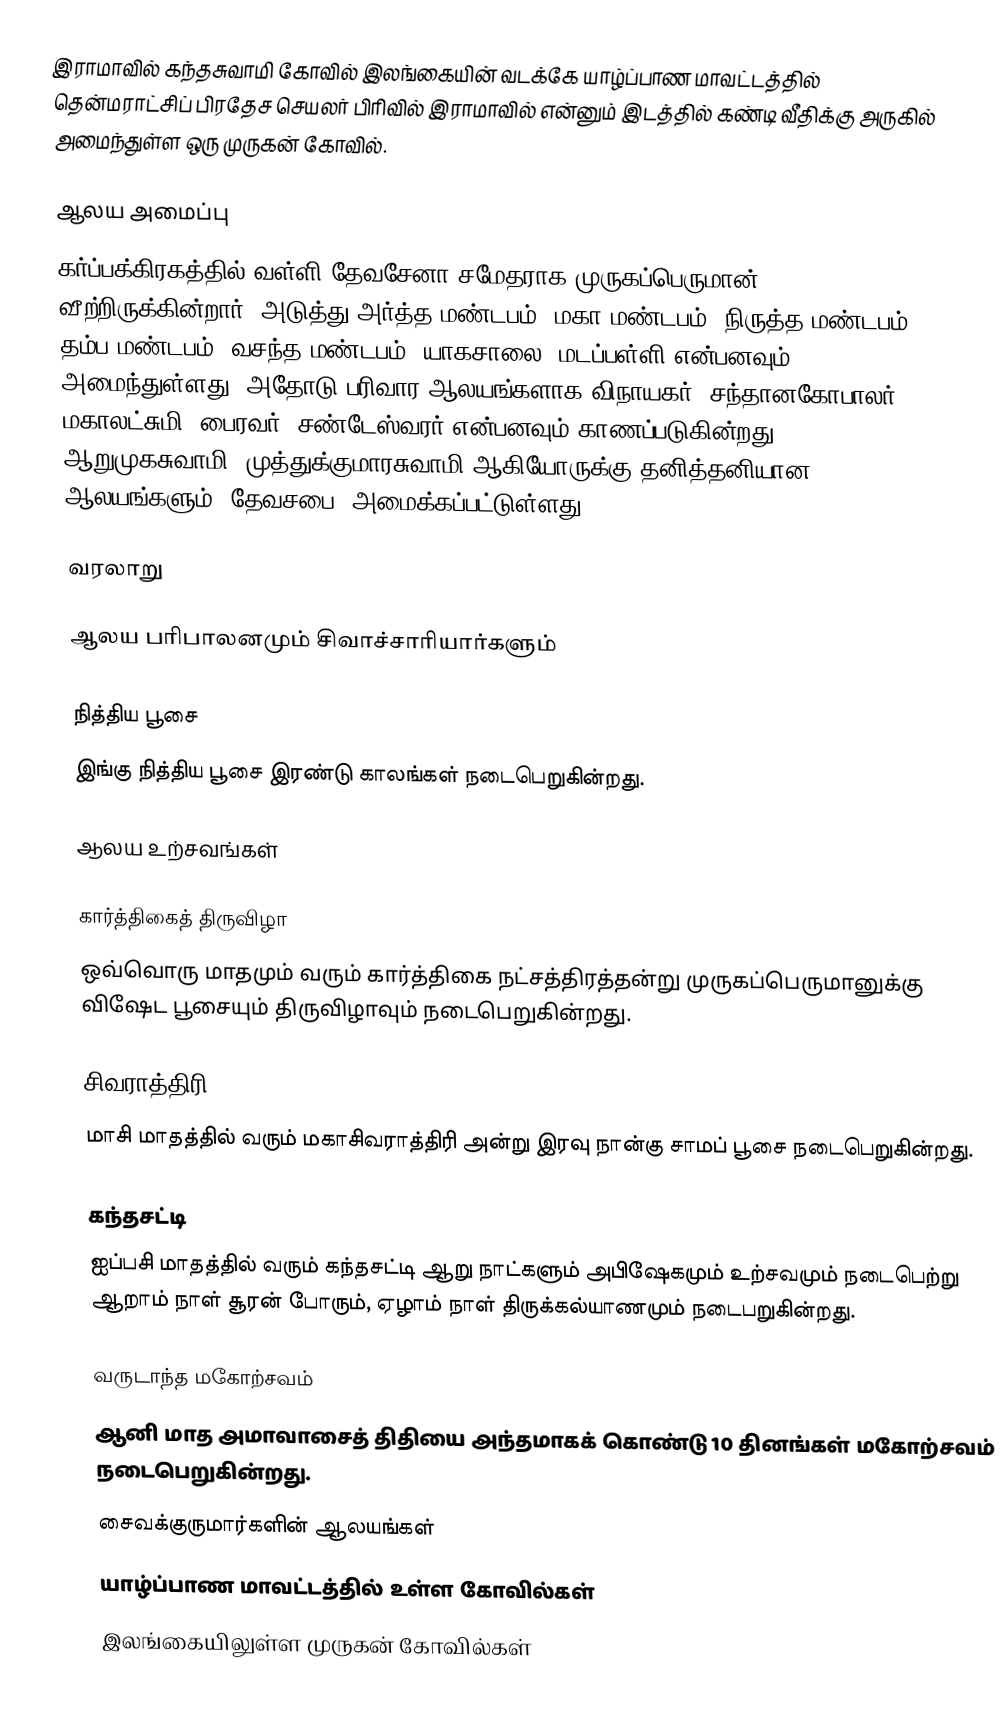
இராமாவில் கந்தசுவாமி கோவில் இலங்கையின் வடக்கே யாழ்ப்பாண மாவட்டத்தில் தென்மராட்சிப் பிரதேச செயலர் பிரிவில் இராமாவில் என்னும் இடத்தில் கண்டி வீதிக்கு அருகில் அமைந்துள்ள ஒரு முருகன் கோவில்.

ஆலய அமைப்பு
கர்ப்பக்கிரகத்தில் வள்ளி தேவசேனா சமேதராக முருகப்பெருமான் வீற்றிருக்கின்றார். அடுத்து அர்த்த மண்டபம், மகா மண்டபம், நிருத்த மண்டபம் தம்ப மண்டபம், வசந்த மண்டபம், யாகசாலை, மடப்பள்ளி என்பனவும் அமைந்துள்ளது. அதோடு பரிவார ஆலயங்களாக விநாயகர், சந்தானகோபாலர், மகாலட்சுமி, பைரவர், சண்டேஸ்வரர் என்பனவும் காணப்படுகின்றது. ஆறுமுகசுவாமி, முத்துக்குமாரசுவாமி ஆகியோருக்கு தனித்தனியான ஆலயங்களும் (தேவசபை) அமைக்கப்பட்டுள்ளது.

வரலாறு

ஆலய பரிபாலனமும் சிவாச்சாரியார்களும்

நித்திய பூசை
இங்கு நித்திய பூசை இரண்டு காலங்கள் நடைபெறுகின்றது.

ஆலய உற்சவங்கள்

கார்த்திகைத் திருவிழா
ஒவ்வொரு மாதமும் வரும் கார்த்திகை நட்சத்திரத்தன்று முருகப்பெருமானுக்கு விஷேட பூசையும் திருவிழாவும் நடைபெறுகின்றது.

சிவராத்திரி
மாசி மாதத்தில் வரும் மகாசிவராத்திரி அன்று இரவு நான்கு சாமப் பூசை நடைபெறுகின்றது.

கந்தசட்டி
ஐப்பசி மாதத்தில் வரும் கந்தசட்டி ஆறு நாட்களும் அபிஷேகமும் உற்சவமும் நடைபெற்று ஆறாம் நாள் சூரன் போரும், ஏழாம் நாள் திருக்கல்யாணமும் நடைபறுகின்றது.

வருடாந்த மகோற்சவம்
ஆனி மாத அமாவாசைத் திதியை அந்தமாகக் கொண்டு 10 தினங்கள் மகோற்சவம் நடைபெறுகின்றது.
சைவக்குருமார்களின் ஆலயங்கள்
யாழ்ப்பாண மாவட்டத்தில் உள்ள கோவில்கள்
இலங்கையிலுள்ள முருகன் கோவில்கள்